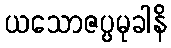
ယသောဇပ္ပမုခါနိ